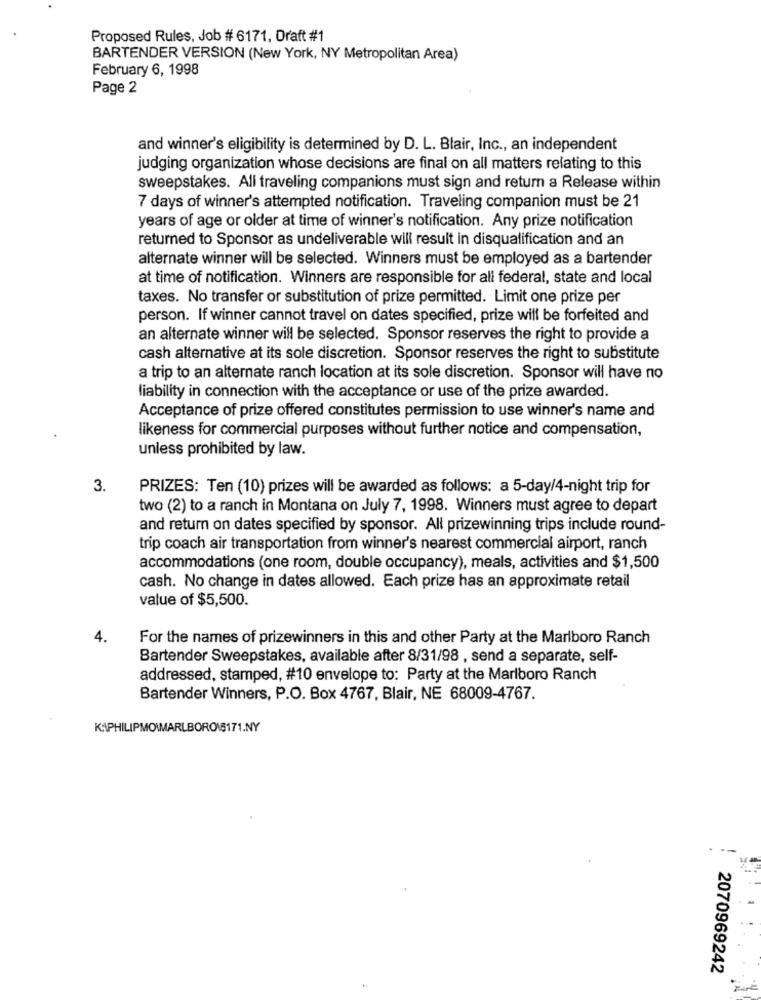
Proposed Rules, Job # 6171, Draft #1
BARTENDER VERSION (New York, NY Metropolitan Area)
February 6, 1998
Page 2
and winner's eligibility is determined by D. L. Blair, Inc ., an independent
judging organization whose decisions are final on all matters relating to this
sweepstakes. All traveling companions must sign and return a Release within
7 days of winner's attempted notification. Traveling companion must be 21
years of age or older at time of winner's notification. Any prize notification
returned to Sponsor as undeliverable will result in disqualification and an
alternate winner will be selected. Winners must be employed as a bartender
at time of notification. Winners are responsible for ali federal, state and local
taxes. No transfer or substitution of prize permitted. Limit one prize per
person. If winner cannot travel on dates specified, prize will be forfeited and
an alternate winner will be selected. Sponsor reserves the right to provide a
cash alternative at its sole discretion. Sponsor reserves the right to substitute
a trip to an alternate ranch location at its sole discretion. Sponsor will have no
liability in connection with the acceptance or use of the prize awarded.
Acceptance of prize offered constitutes permission to use winner's name and
likeness for commercial purposes without further notice and compensation,
unless prohibited by law.
3.
PRIZES: Ten (10) prizes will be awarded as follows: a 5-day/4-night trip for
two (2) to a ranch in Montana on July 7, 1998. Winners must agree to depart
and return on dates specified by sponsor. All prizewinning trips include round-
trip coach air transportation from winner's nearest commercial airport, ranch
accommodations (one room, double occupancy), meals, activities and $1,500
cash. No change in dates allowed. Each prize has an approximate retail
value of $5,500.
4.
For the names of prizewinners in this and other Party at the Marlboro Ranch
Bartender Sweepstakes, available after 8/31/98 , send a separate, self-
addressed, stamped, #10 envelope to: Party at the Marlboro Ranch
Bartender Winners, P.O. Box 4767, Blair, NE 68009-4767.
K\PHILIPMOIMARLBORO\5171.NY
2070969242